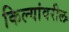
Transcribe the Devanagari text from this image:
किल्यांवरील